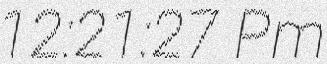
12:21:27 Pm